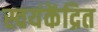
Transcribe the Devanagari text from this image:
स्वयंकेंद्रित